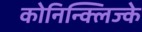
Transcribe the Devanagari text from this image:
कोनिन्क्लिज्के